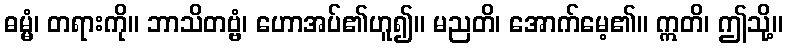
ဓမ္မံ၊ တရားကို။ ဘာသိတဗ္ဗံ၊ ဟောအပ်၏ဟူ၍။ မညတိ၊ အောက်မေ့၏။ ဣတိ၊ ဤသို့။